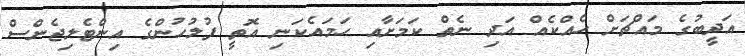
އަދީބުގެ މައްޗަށް ހެއްކެއް އަދި ނެތް ކަމަށާއި ހަމައެކަނި އޮތީ ފުލުހުންގެ އިންޓެލިޖެންސް